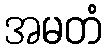
အမတံ